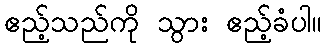
ဧည့်သည်ကို သွား ဧည့်ခံပါ။